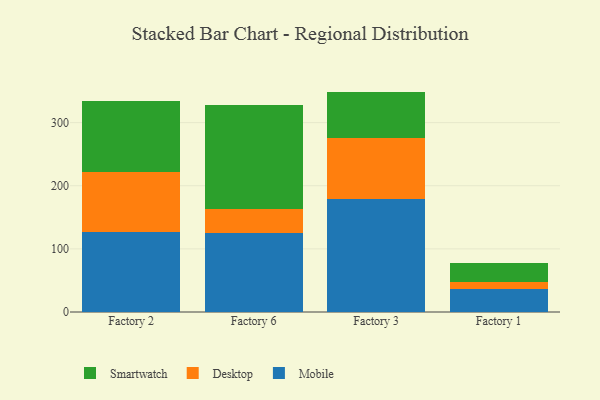
{"axis": {"x": "Factory", "y": "Page Views"}, "legend": ["Desktop", "Mobile", "Smartwatch"], "data": [{"x": "Factory 2", "y": 126.4, "type": "Mobile"}, {"x": "Factory 2", "y": 95.3, "type": "Desktop"}, {"x": "Factory 2", "y": 112.5, "type": "Smartwatch"}, {"x": "Factory 6", "y": 125.8, "type": "Mobile"}, {"x": "Factory 6", "y": 37.4, "type": "Desktop"}, {"x": "Factory 6", "y": 165.3, "type": "Smartwatch"}, {"x": "Factory 3", "y": 178.8, "type": "Mobile"}, {"x": "Factory 3", "y": 96.1, "type": "Desktop"}, {"x": "Factory 3", "y": 74.2, "type": "Smartwatch"}, {"x": "Factory 1", "y": 36.8, "type": "Mobile"}, {"x": "Factory 1", "y": 10.1, "type": "Desktop"}, {"x": "Factory 1", "y": 30.3, "type": "Smartwatch"}]}